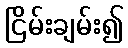
ငြိမ်းချမ်း၍